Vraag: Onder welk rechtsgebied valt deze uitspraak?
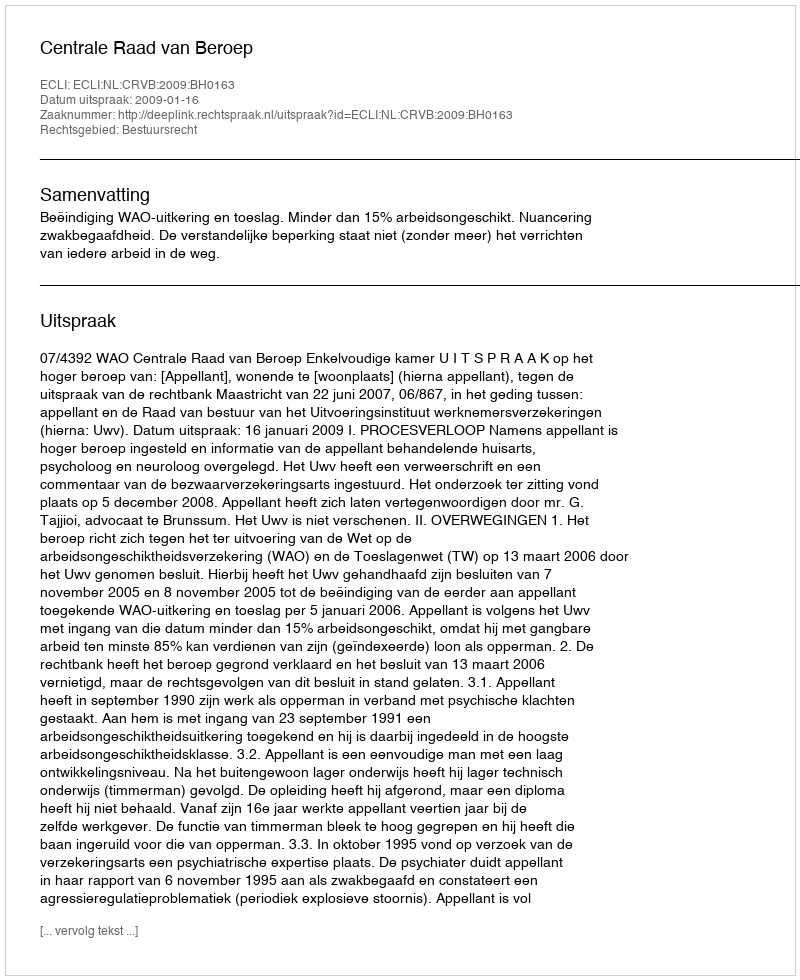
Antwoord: Bestuursrecht